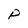
Character: P